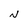
Character: N